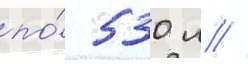
по́ 530 л //